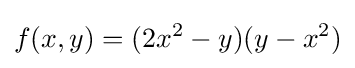
f(x,y)=(2x^{2}-y)(y-x^{2})